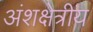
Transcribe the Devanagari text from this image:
अंशक्षेत्रीय